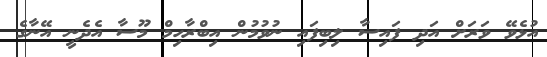
އުޅެވޭ ވަރަށް އަދި ފައިސާ ލިބިފައި ނުވުމުން އިބްރާހިމް މޫސާ އެދެނީ އޭނާގެ